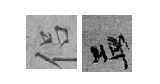
侣孟